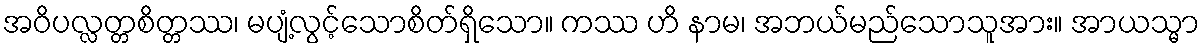
အဝိပလ္လတ္တစိတ္တဿ၊ မပျံ့လွင့်သောစိတ်ရှိသော။ ကဿ ဟိ နာမ၊ အဘယ်မည်သောသူအား။ အာယသ္မာ